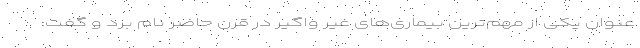
عنوان یکی از مهم‌ترین بیماری‌های غیر واگیر در قرن حاضر نام برد و گفت: